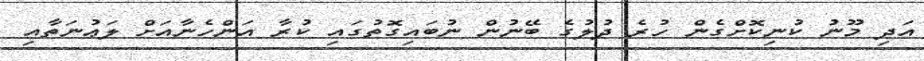
އަދި މޫނު ކުނިކޮށްގެން ހުރެ ދުލުގެ ބޭނުން ނުބައިގޮތުގައި ކުރާ އަންހެނާއަށް ލަޢުނަތާއި